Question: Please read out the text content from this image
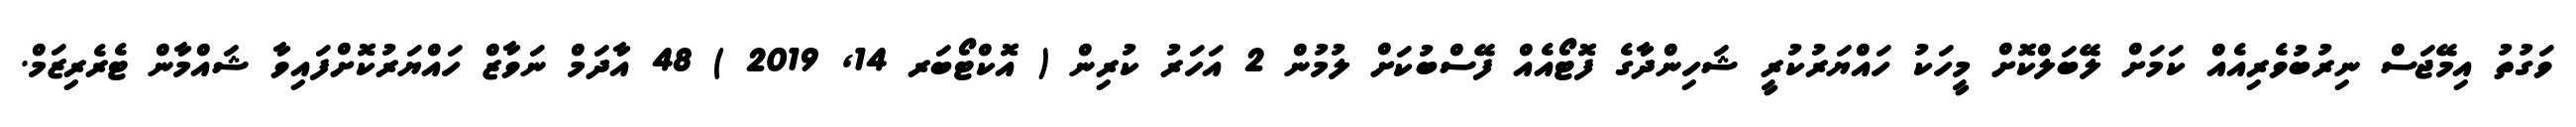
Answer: ވަގުތު އިމޭޖަސް ނިރުބުވެރިއެއް ކަމަށް ލޭބަލްކޮށް މީހަކު ހައްޔަރުކުރީ ޝަހިންދާގެ ފޮޓޯއެއް ފޭސްބުކަށް ލުމުން 2 އަހަރު ކުރިން ( އޮކްޓޯބަރ 14, 2019 ) 48 އާދަމް ނަވާޒް ހައްޔަރުކޮށްފައިވާ ޝައްމާން ޓެރެރިޒަމް.